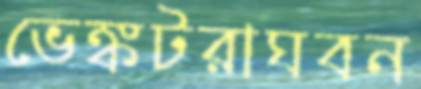
ভেঙ্কটরাঘবন